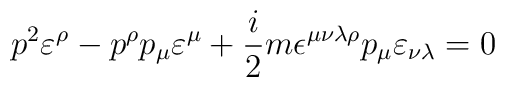
p^2\varepsilon^{\rho} - p^{\rho}p_{\mu}\varepsilon^{\mu} + \frac{i}{2}m \epsilon^{\mu \nu \lambda \rho}p_{\mu}\varepsilon_{\nu \lambda} = 0